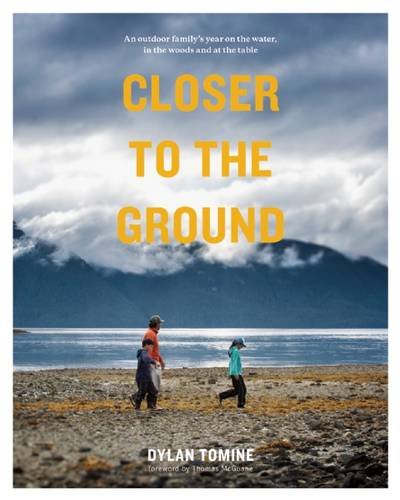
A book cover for Closer to the Ground: An Outdoor Family's Year on the Water, In the Woods and at the Table; Dylan Tomine; Cookbooks, Food & Wine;